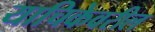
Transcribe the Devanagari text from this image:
याचिकेवरील